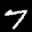
Label: 7